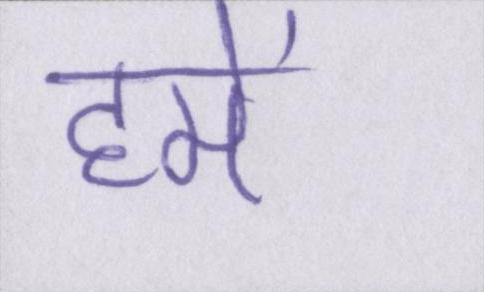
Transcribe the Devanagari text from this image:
हमें